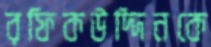
রফিকউদ্দিনকে